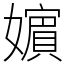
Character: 𡣕